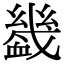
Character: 𧗒